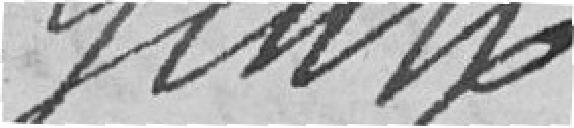
Genty